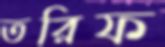
তরিফ